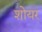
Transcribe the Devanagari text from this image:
शोयर